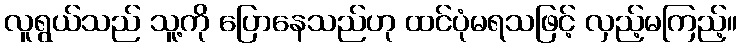
လူရွယ်သည် သူ့ကို ပြောနေသည်ဟု ထင်ပုံမရသဖြင့် လှည့်မကြည့်။